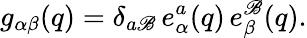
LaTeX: g_{\alpha\beta}(q)=\delta_{a\mathscr{B}}\, e_{\alpha}^{a}(q)\, e_{\beta}^{\mathscr{B}}(q).